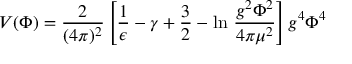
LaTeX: V ( \Phi ) = \frac { 2 } { ( 4 \pi ) ^ { 2 } } \left[ \frac { 1 } { \epsilon } - \gamma + \frac { 3 } { 2 } - \ln \, \frac { g ^ { 2 } \Phi ^ { 2 } } { 4 \pi \mu ^ { 2 } } \right] g ^ { 4 } \Phi ^ { 4 }